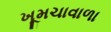
ખૂમચાવાળા